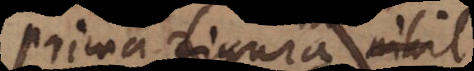
prima figura nihil